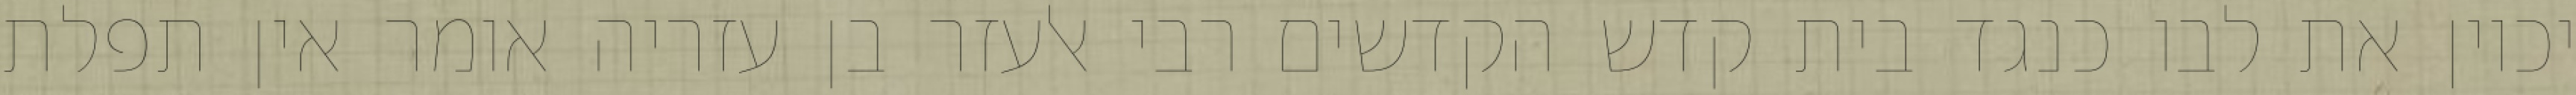
יכוין את לבו כנגד בית קדש הקדשים רבי אלעזר בן עזריה אומר אין תפלת